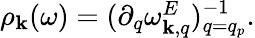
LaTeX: \begin{array}{r}{\rho_{{\mathbf k}}(\omega)=(\partial_{q}\omega_{{\mathbf k},q}^{E})_{q=q_{p}}^{-1}.}\end{array}